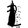
Digit: 1